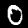
Digit: 0